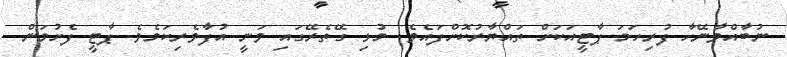
ނުބާއްވާނޭހާ ފުރިހަމަ ޕާޓީއަކަށް ތައްޔާރުކޮށްފައެވެ. މުޅި ގޭތެރޭގައި ވަނީ އުފާވެރިކަމެވެ. ޕާޓީ ފެށުމަން